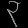
Digit: ၃